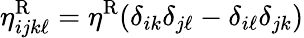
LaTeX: \eta_{ijk\ell}^{\mathrm{R}}=\eta^{\mathrm{R}}(\delta_{ik}\delta_{j\ell}-\delta_{i\ell}\delta_{jk})